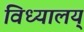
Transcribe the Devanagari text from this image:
विध्यालय्